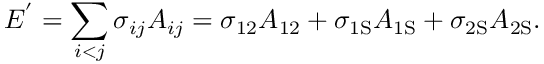
E ^ { ' } = \sum _ { i < j } \sigma _ { i j } A _ { i j } = \sigma _ { 1 2 } A _ { 1 2 } + \sigma _ { \mathrm { { 1 S } } } A _ { \mathrm { { 1 S } } } + \sigma _ { \mathrm { { 2 S } } } A _ { \mathrm { { 2 S } } } .